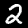
Digit: 2